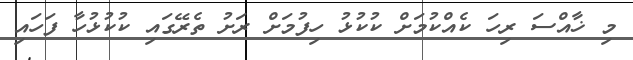
މި ޚާއްސަ ރިހަ ކެއްކުމަށް ކުކުޅު ހިފުމަށް ރަށު ތެރޭގައި ކުކުޅުހާ ފަހައި